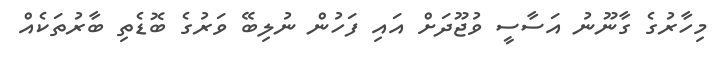
މިހާރުގެ ގާނޫނު އަސާސީ ވުޖޫދަށް އައި ފަހުން ނުލިބޭ ވަރުގެ ބޮޑެތި ބާރުތަކެއް